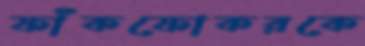
ফাঁকফোকরকে